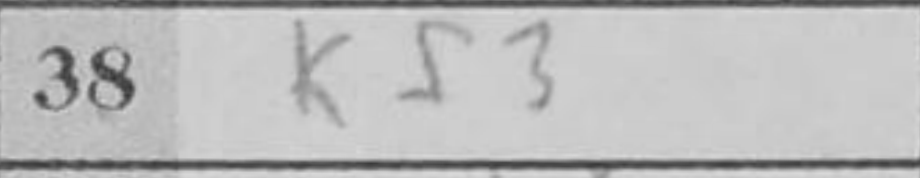
Transcription: Kf3